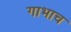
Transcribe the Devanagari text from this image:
गाभाच